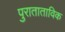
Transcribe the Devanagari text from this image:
पुराताताविक